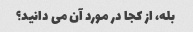
بله، از کجا در مورد آن می دانید؟